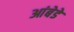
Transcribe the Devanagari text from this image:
आंबेडे